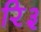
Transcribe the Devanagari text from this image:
रि३